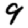
Digit: 9